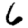
Digit: 6